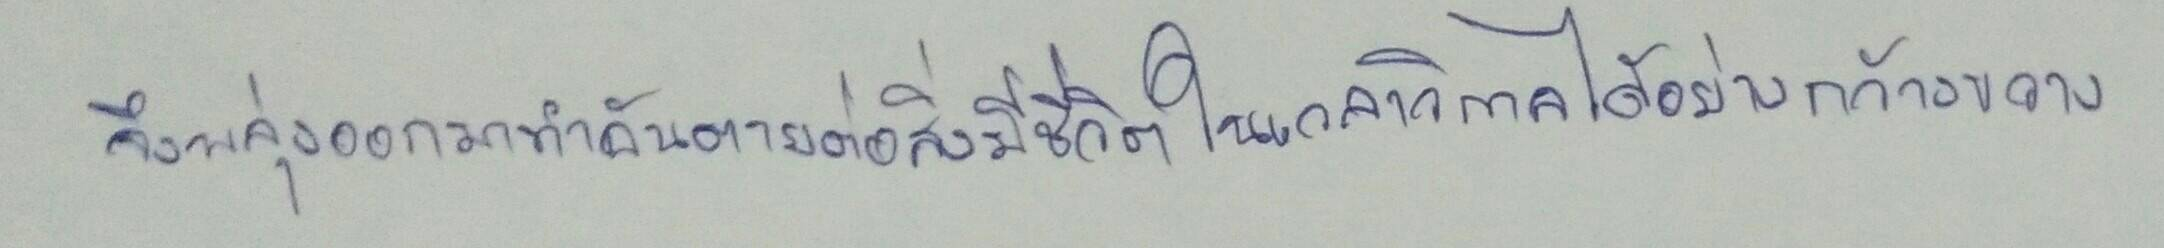
จึงพลุ่งออกมาทำอันตายต่อสิ่งมีชีวิตในเวลาวิกาลได้อย่างกว้างขวาง